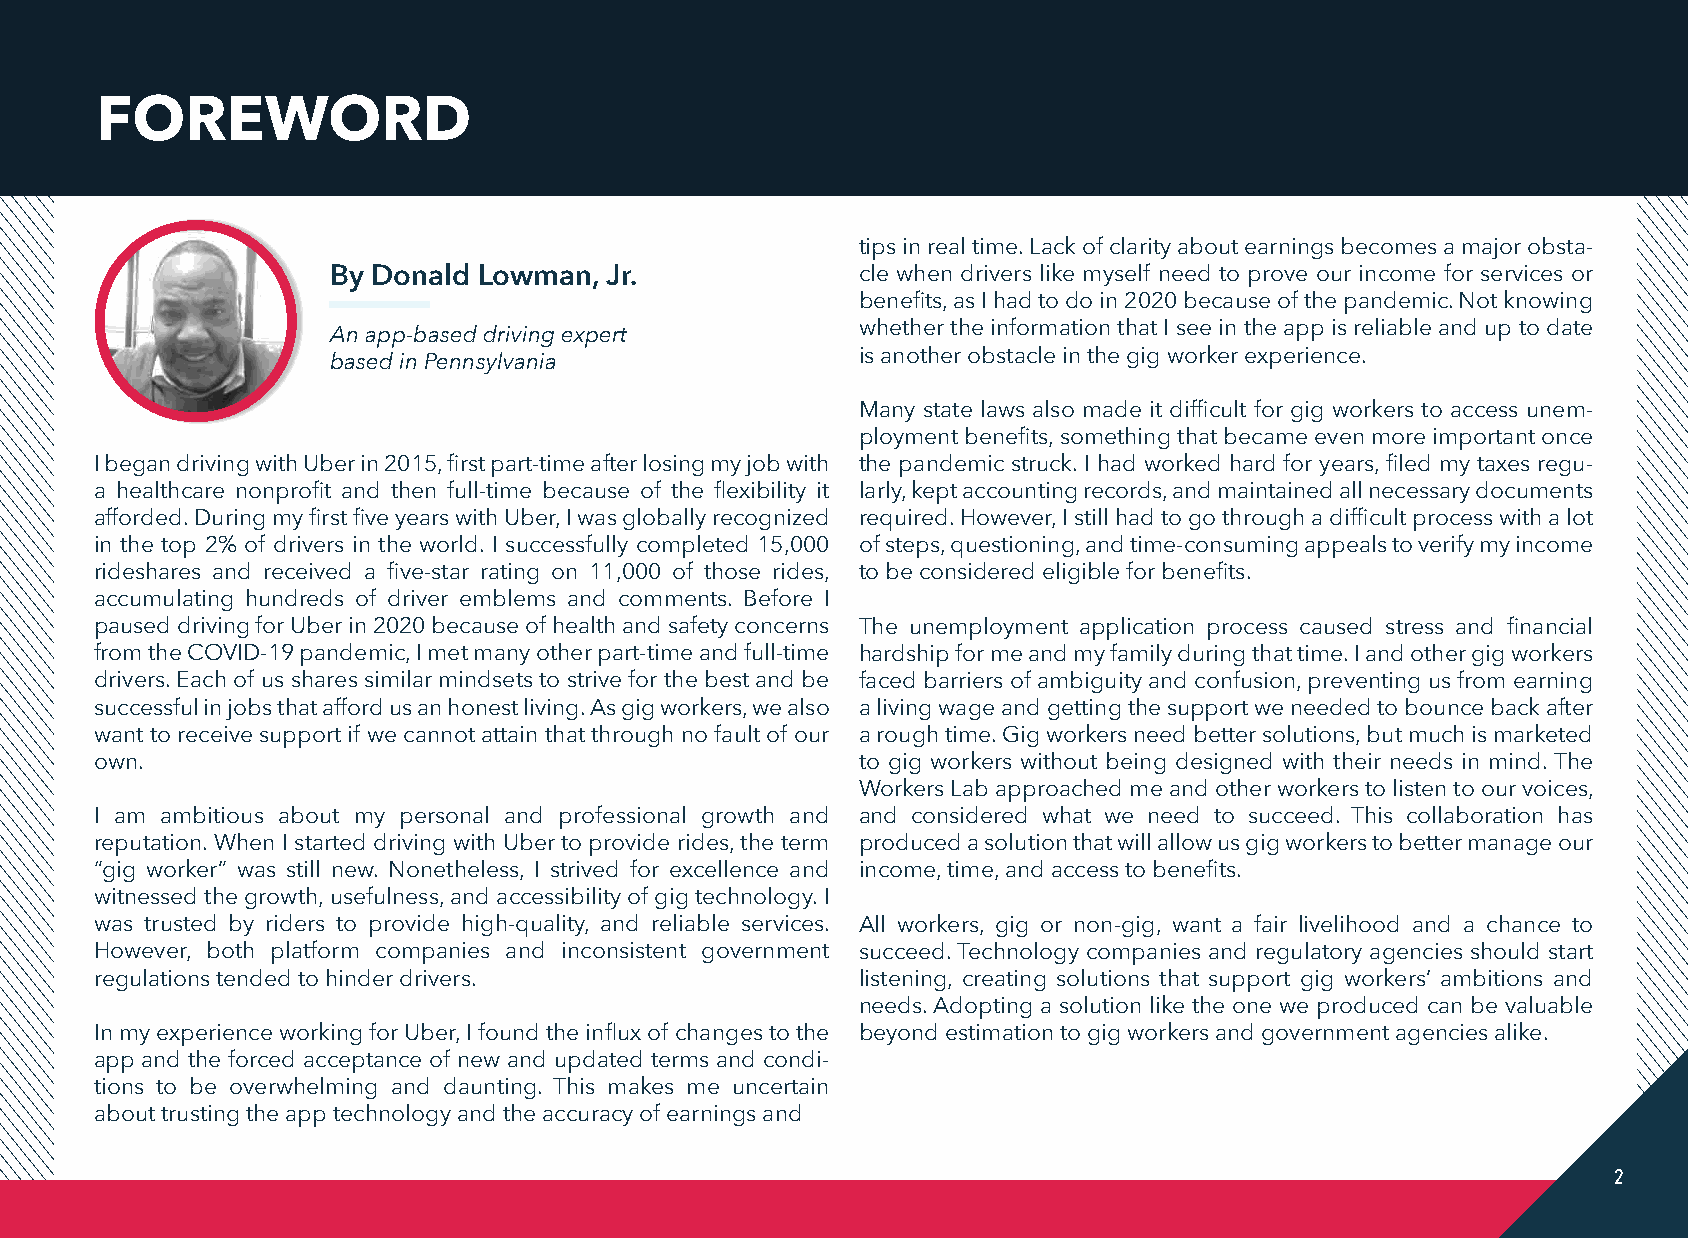
FOREWORD
 tips in real time. Lack of clarity about earnings becomes a major obsta-
 By Donald Lowman, Jr.              cle when drivers like myself need to prove our income for services or
 benefits, as I had to do in 2020 because of the pandemic. Not knowing
 An app-based driving expert        whether the information that I see in the app is reliable and up to date
 based in Pennsylvania              is another obstacle in the gig worker experience.
 Many state laws also made it difficult for gig workers to access unem-
 ployment benefits, something that became even more important once
 I began driving with Uber in 2015, first part-time after losing my job with the pandemic struck. I had worked hard for years, filed my taxes regu-
 a healthcare nonprofit and then full-time because of the flexibility it larly, kept accounting records, and maintained all necessary documents
 afforded. During my first five years with Uber, I was globally recognized required. However, I still had to go through a difficult process with a lot
 in the top 2% of drivers in the world. I successfully completed 15,000 of steps, questioning, and time-consuming appeals to verify my income
 rideshares and received a five-star rating on 11,000 of those rides, to be considered eligible for benefits.
 accumulating hundreds of driver emblems and comments. Before I
 paused driving for Uber in 2020 because of health and safety concerns The unemployment application process caused stress and financial
 from the COVID-19 pandemic, I met many other part-time and full-time hardship for me and my family during that time. I and other gig workers
 drivers. Each of us shares similar mindsets to strive for the best and be faced barriers of ambiguity and confusion, preventing us from earning
 successful in jobs that afford us an honest living. As gig workers, we also a living wage and getting the support we needed to bounce back after
 want to receive support if we cannot attain that through no fault of our a rough time. Gig workers need better solutions, but much is marketed
 own.                                               to gig workers without being designed with their needs in mind. The
 Workers Lab approached me and other workers to listen to our voices,
 I am ambitious about my personal and professional growth and and considered what we need to succeed. This collaboration has
 reputation. When I started driving with Uber to provide rides, the term produced a solution that will allow us gig workers to better manage our
 “gig worker” was still new. Nonetheless, I strived for excellence and income, time, and access to benefits.
 witnessed the growth, usefulness, and accessibility of gig technology. I
 was trusted by riders to provide high-quality, and reliable services. All workers, gig or non-gig, want a fair livelihood and a chance to
 However, both platform companies and inconsistent government succeed. Technology companies and regulatory agencies should start
 regulations tended to hinder drivers.              listening, creating solutions that support gig workers’ ambitions and
 needs. Adopting a solution like the one we produced can be valuable
 In my experience working for Uber, I found the influx of changes to the beyond estimation to gig workers and government agencies alike.
 app and the forced acceptance of new and updated terms and condi-
 tions to be overwhelming and daunting. This makes me uncertain
 about trusting the app technology and the accuracy of earnings and
 2
 1